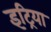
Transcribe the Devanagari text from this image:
इट्रिया